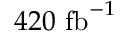
4 2 0 ~ \mathrm { f b } ^ { - 1 }